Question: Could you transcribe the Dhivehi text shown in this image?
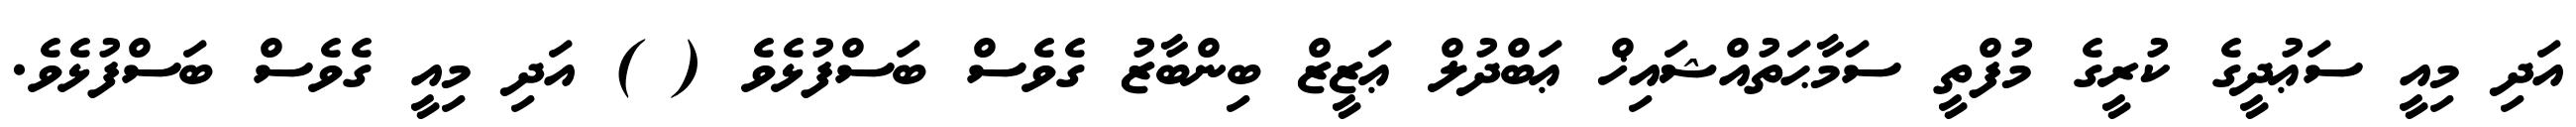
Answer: އަދި މިއީ ސަޢުދީގެ ކުރީގެ މުފްތީ ސަމާޙަތުއްޝައިޚް ޢަބްދުލް ޢަޒީޒް ބިންބާޒު ގެވެސް ބަސްފުޅެވެ ( ) އަދި މިއީ ގެވެސް ބަސްފުޅެވެ.